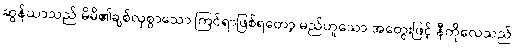
ဆွန်ယာသည် မိမိ၏ချစ်လှစွာသော ကြင်ရာဖြစ်ရတော့ မည်ဟူသော အတွေးဖြင့် နီကိုလေသည်